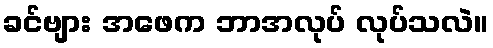
ခင်ဗျား အဖေက ဘာအလုပ် လုပ်သလဲ။